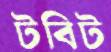
টবিট